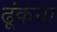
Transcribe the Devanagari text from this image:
ढ़ूंकना